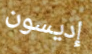
إديسون